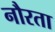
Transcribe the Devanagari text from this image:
नौरता